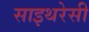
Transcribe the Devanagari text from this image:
साइथरेसी